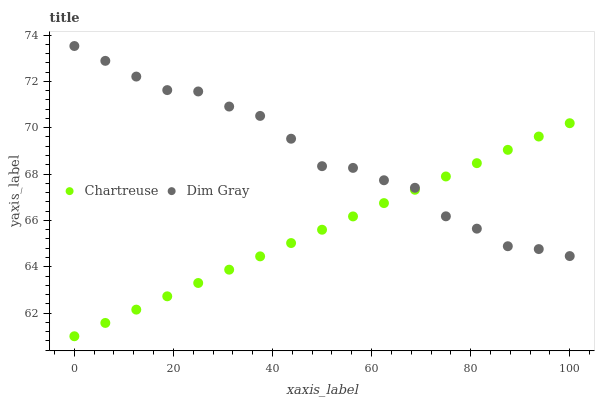
| xaxis_label | Chartreuse | Dim Gray |
 | --- | --- | --- |
 | 0 | 61 | 73.5 |
 | 6.25 | 61.6 | 72.9 |
 | 12.5 | 62.1 | 72.2 |
 | 18.8 | 62.7 | 71.6 |
 | 25 | 63.3 | 71.6 |
 | 31.2 | 63.9 | 70.9 |
 | 37.5 | 64.4 | 70.5 |
 | 43.8 | 65 | 69.5 |
 | 50 | 65.6 | 68.3 |
 | 56.2 | 66.2 | 68.3 |
 | 62.5 | 66.7 | 67.7 |
 | 68.8 | 67.3 | 67.4 |
 | 75 | 67.9 | 66.2 |
 | 81.2 | 68.5 | 65.6 |
 | 87.5 | 69 | 64.9 |
 | 93.8 | 69.6 | 64.8 |
 | 100 | 70.2 | 64.5 |